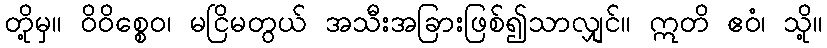
တို့မှ။ ဝိဝိစ္စေဝ၊ မငြိမတွယ် အသီးအခြားဖြစ်၍သာလျှင်။ ဣတိ ဧဝံ၊ သို့။